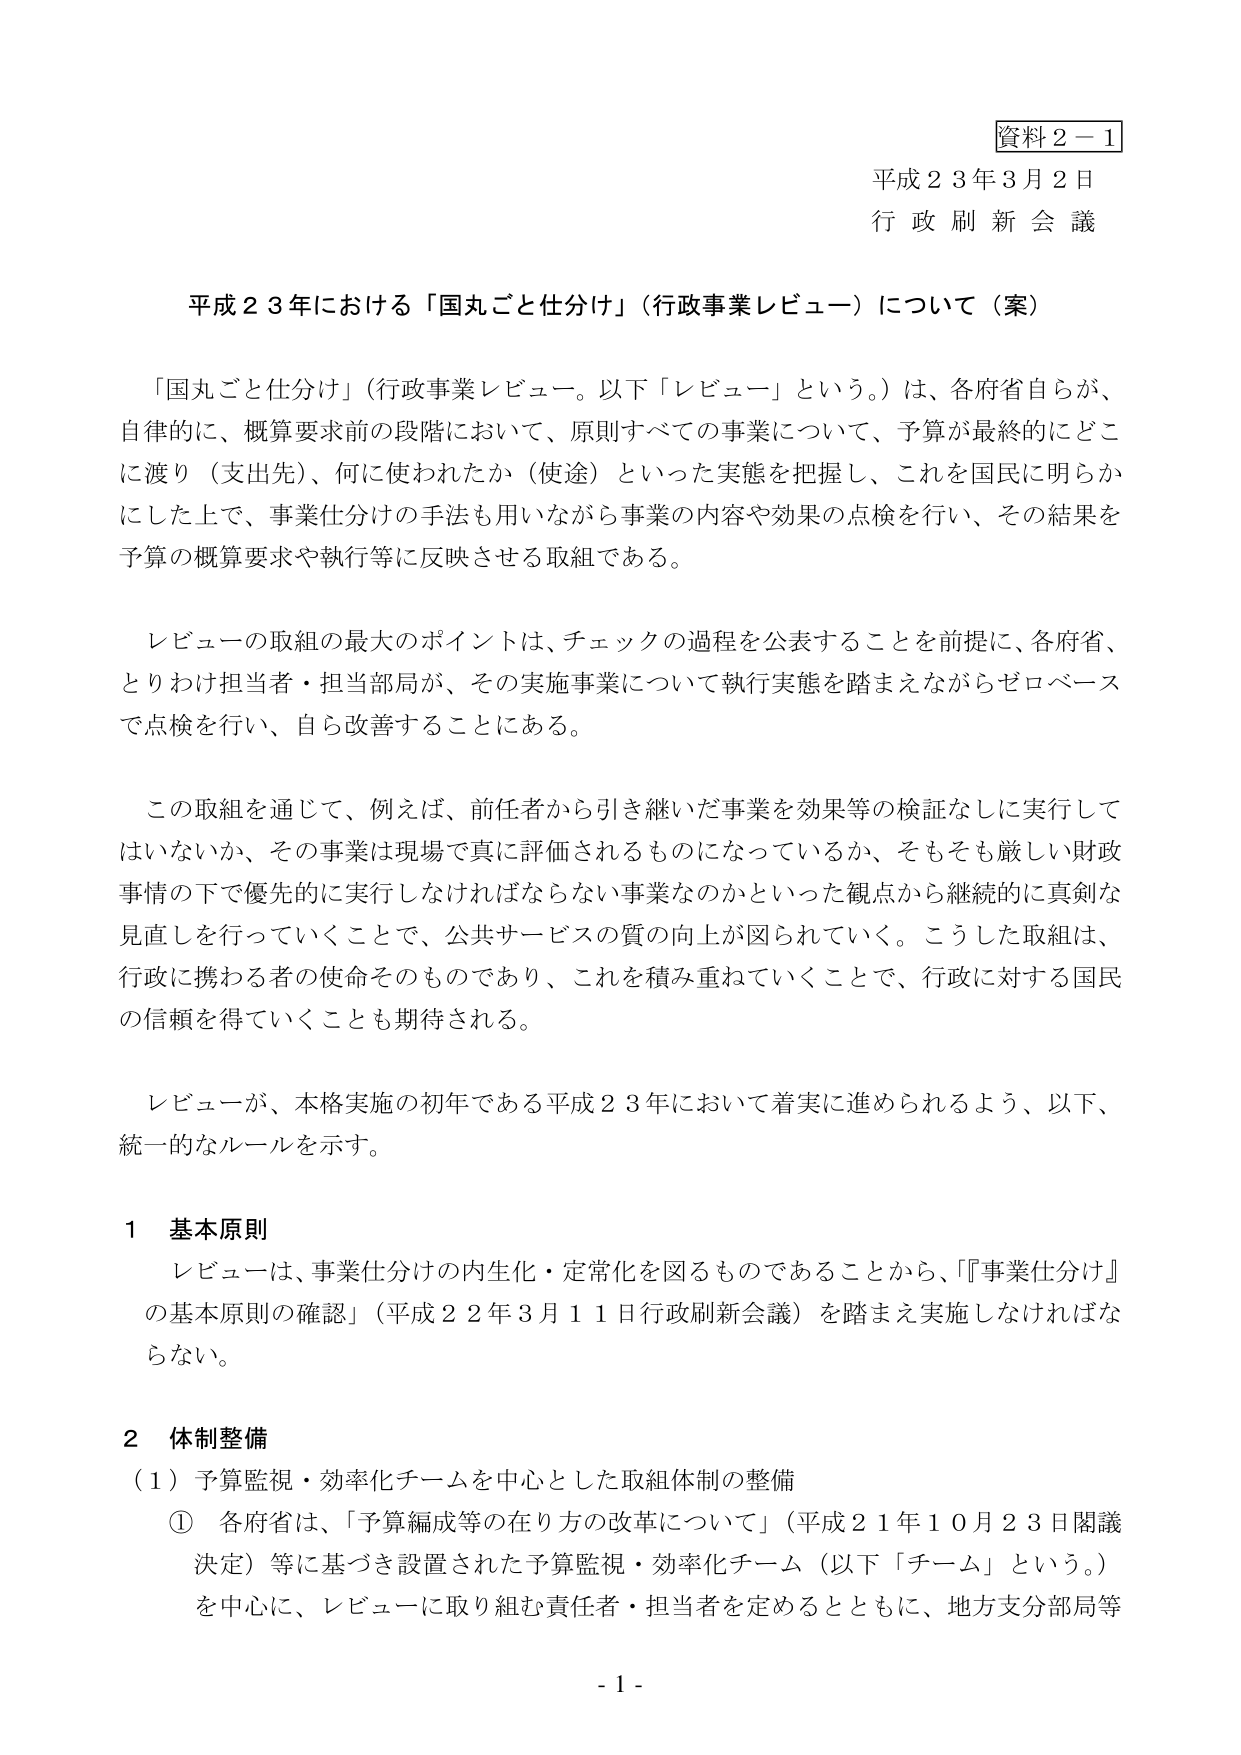
資料２－１
平成２３年３月２日
行政刷新会議

平成２３年における「国丸ごと仕分け」（行政事業レビュー）について（案）

「国丸ごと仕分け」（行政事業レビュー。以下「レビュー」という。）は、各府省自らが、
自律的に、概算要求前の段階において、原則すべての事業について、予算が最終的にどこ
に渡り（支出先）、何に使われたか（使途）といった実態を把握し、これを国民に明らか
にした上で、事業仕分けの手法も用いながら事業の内容や効果の点検を行い、その結果を
予算の概算要求や執行等に反映させる取組である。

レビューの取組の最大のポイントは、チェックの過程を公表することを前提に、各府省、
とりわけ担当者・担当部局が、その実施事業について執行実態を踏まえながらゼロベース
で点検を行い、自ら改善することにある。

この取組を通じて、例えば、前任者から引き継いだ事業を効果等の検証なしに実行して
はいないか、その事業は現場で真に評価されるものになっているか、そもそも厳しい財政
事情の下で優先的に実行しなければならない事業なのかといった観点から継続的に真剣な
見直しを行っていくことで、公共サービスの質の向上が図られていく。こうした取組は、
行政に携わる者の使命そのものであり、これを積み重ねていくことで、行政に対する国民
の信頼を得ていくことも期待される。

レビューが、本格実施の初年である平成２３年において着実に進められるよう、以下、
統一的なルールを示す。

１ 基本原則
レビューは、事業仕分けの内生化・定常化を図るものであることから、「『事業仕分け』
の基本原則の確認」（平成２２年３月１１日行政刷新会議）を踏まえ実施しなければな
らない。

２ 体制整備
（１）予算監視・効率化チームを中心とした取組体制の整備
① 各府省は、「予算編成等の在り方の改革について」（平成２１年１０月２３日閣議
決定）等に基づき設置された予算監視・効率化チーム（以下「チーム」という。）
を中心に、レビューに取り組む責任者・担当者を定めるとともに、地方支分部局等

- 1 -